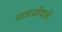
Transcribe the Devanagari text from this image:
मात्राओंवाले